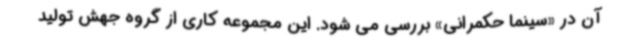
آن در «سینما حکمرانی» بررسی می شود. این مجموعه کاری از گروه جهش تولید